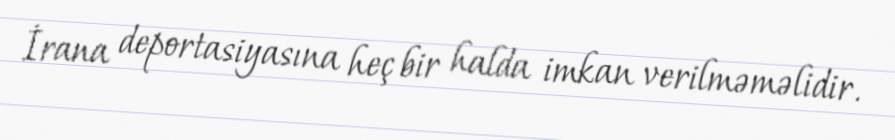
İrana deportasiyasına heç bir halda imkan verilməməlidir.